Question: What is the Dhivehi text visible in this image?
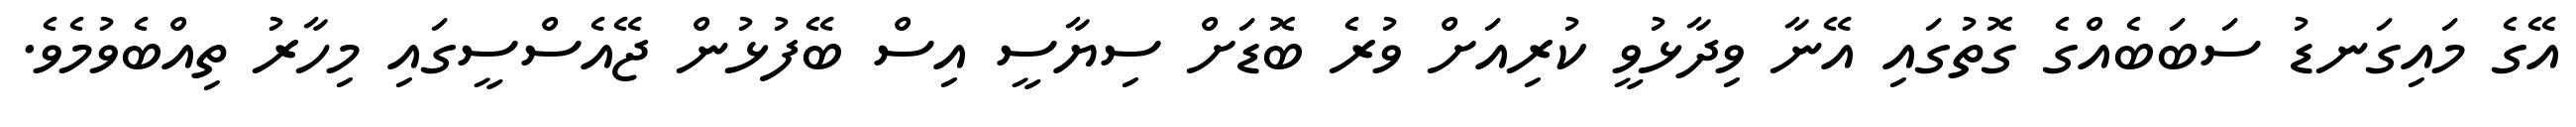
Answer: އޭގެ މައިގަނޑު ސަބަބެއްގެ ގޮތުގައި އޭނާ ވިދާޅުވީ ކުރިއަށް ވުރެ ބޮޑަށް ސިޔާސީ އިސް ބޭފުޅުން ޖޭއެސްސީގައި މިހާރު ތިއްބެވުމެވެ.